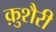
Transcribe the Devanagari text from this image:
क़ुशैरी